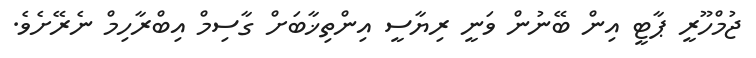
ޖުމްހޫރީ ޕާޓީ އިން ބޭނުން ވަނީ ރިޔާސީ އިންތިޚާބަށް ގާސިމް އިބްރާހިމް ނެރޭށެވެ.